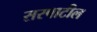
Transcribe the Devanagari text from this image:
सरपाटील